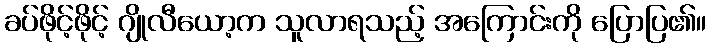
ခပ်ဖိုင့်ဖိုင့် ဂျိုလီယော့က သူလာရသည့် အကြောင်းကို ပြောပြ၏။